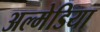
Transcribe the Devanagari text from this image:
अल्मेडिया